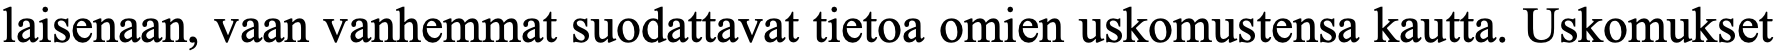
laisenaan, vaan vanhemmat suodattavat tietoa omien uskomustensa kautta. Uskomukset